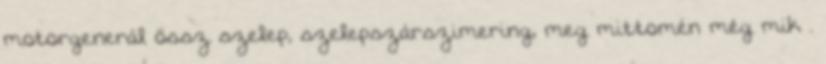
motorgenerál össz szelep, szelepszárszimering, meg mittomén még mik .